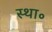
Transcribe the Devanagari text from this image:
स्था॰